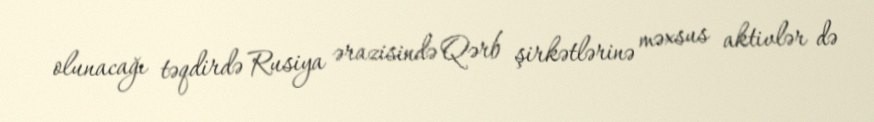
olunacağı təqdirdə Rusiya ərazisində Qərb şirkətlərinə məxsus aktivlər də